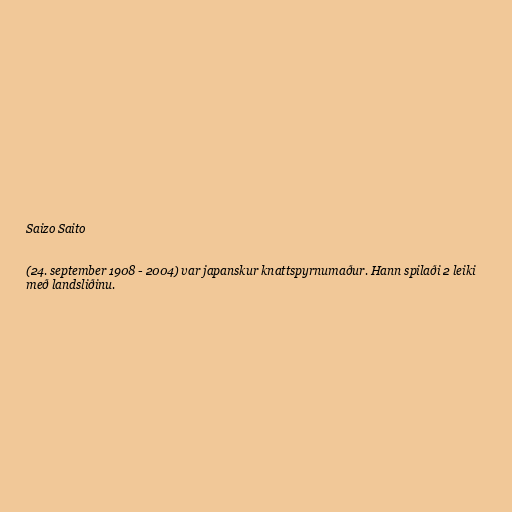
Saizo Saito

(24. september 1908 - 2004) var japanskur knattspyrnumaður. Hann spilaði 2 leiki
með landsliðinu.